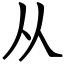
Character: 从